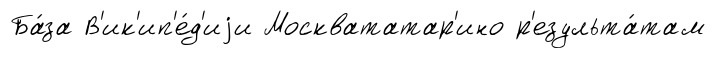
Ба́за В'ик'ип'е́д'иjи Москвататар'ино р'езульта́там